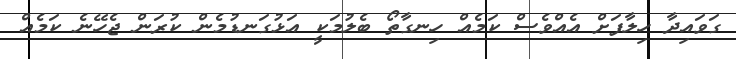
ގަވައިދާ ހިލާފަށް އެއްވެސް ކަމެއް ހިނގާތޯ ބެލުމަކީ އަޅުގަނޑުމެން ކުރަން ޖެހޭނެ ކަމެއް